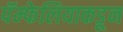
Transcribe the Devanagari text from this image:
पॅम्फेलियाकडून